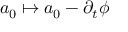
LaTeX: a _ { 0 } \mapsto a _ { 0 } - \partial _ { t } \phi